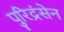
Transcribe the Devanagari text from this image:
पुरिद्रंसेन